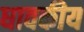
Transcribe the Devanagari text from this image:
धावकीय